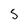
Character: S